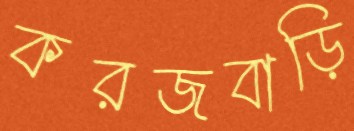
করজবাড়ি